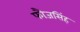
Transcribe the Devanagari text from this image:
फौजसिंह